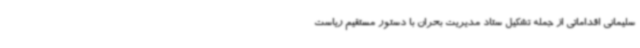
سلیمانی اقداماتی از جمله تشکیل ستاد مدیریت بحران با دستور مستقیم ریاست